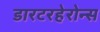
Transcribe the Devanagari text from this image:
डारटरहेरोन्स